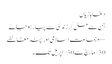
دغابازیاں
جن سے مل کر زندگی سے پیار ہو جائے
← جماعت اسلامی اور چند مغالطے
30؍مارچ سے 30؍اپریل تک۔